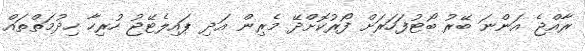
ރާއްޖެ އަންނަ ބޭރު ބޯޓުފަހަރަށް ފޯރުކޮށްދޭ މެރިން އަދި ޕައިލެޓޭޖު ހުރިހާ ހިދުމަތްތައް